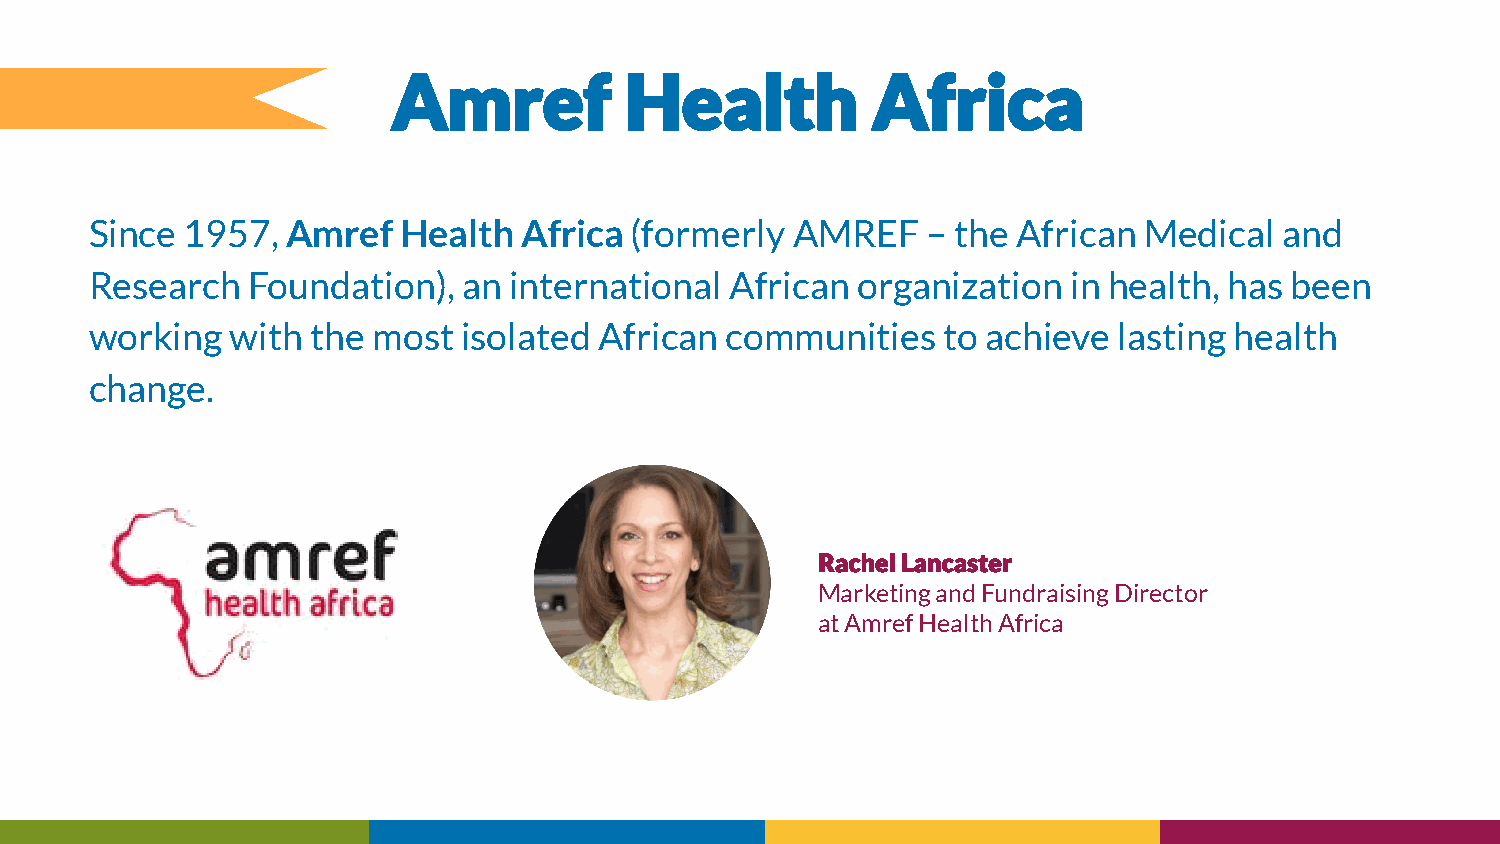
Since 1957,  Amref  Health  Africa  (formerly AMREF    – the African  Medical  and
 Research  Foundation),   an international African  organization  in health, has been
 working  with  the most  isolated African communities    to achieve lasting health
 change.
 Marketing and Fundraising Director
 at Amref Health Africa